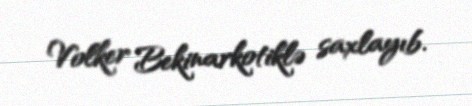
Volker Bekinarkotiklə saxlayıb.